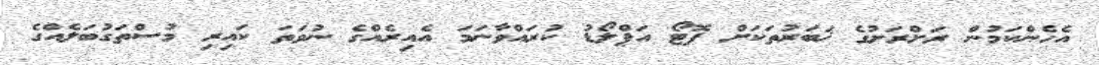
އެހެންކަމުން ރަށްރަށުގެ ޚަބަރުތަކަށް ފޮޓޯ އަޕްލޯޑު ކުރައްވާނަމަ އެއިރެއްގެ ނުވަތަ ކައިރި މުސްތަގުބަލެއްގެ